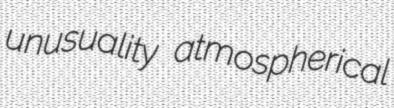
unusuality atmospherical